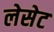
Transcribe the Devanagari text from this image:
लेसेट